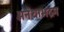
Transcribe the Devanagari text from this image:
अनंथाभद्रम